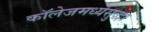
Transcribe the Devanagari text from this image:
कॉलेजमध्येसुद्धा